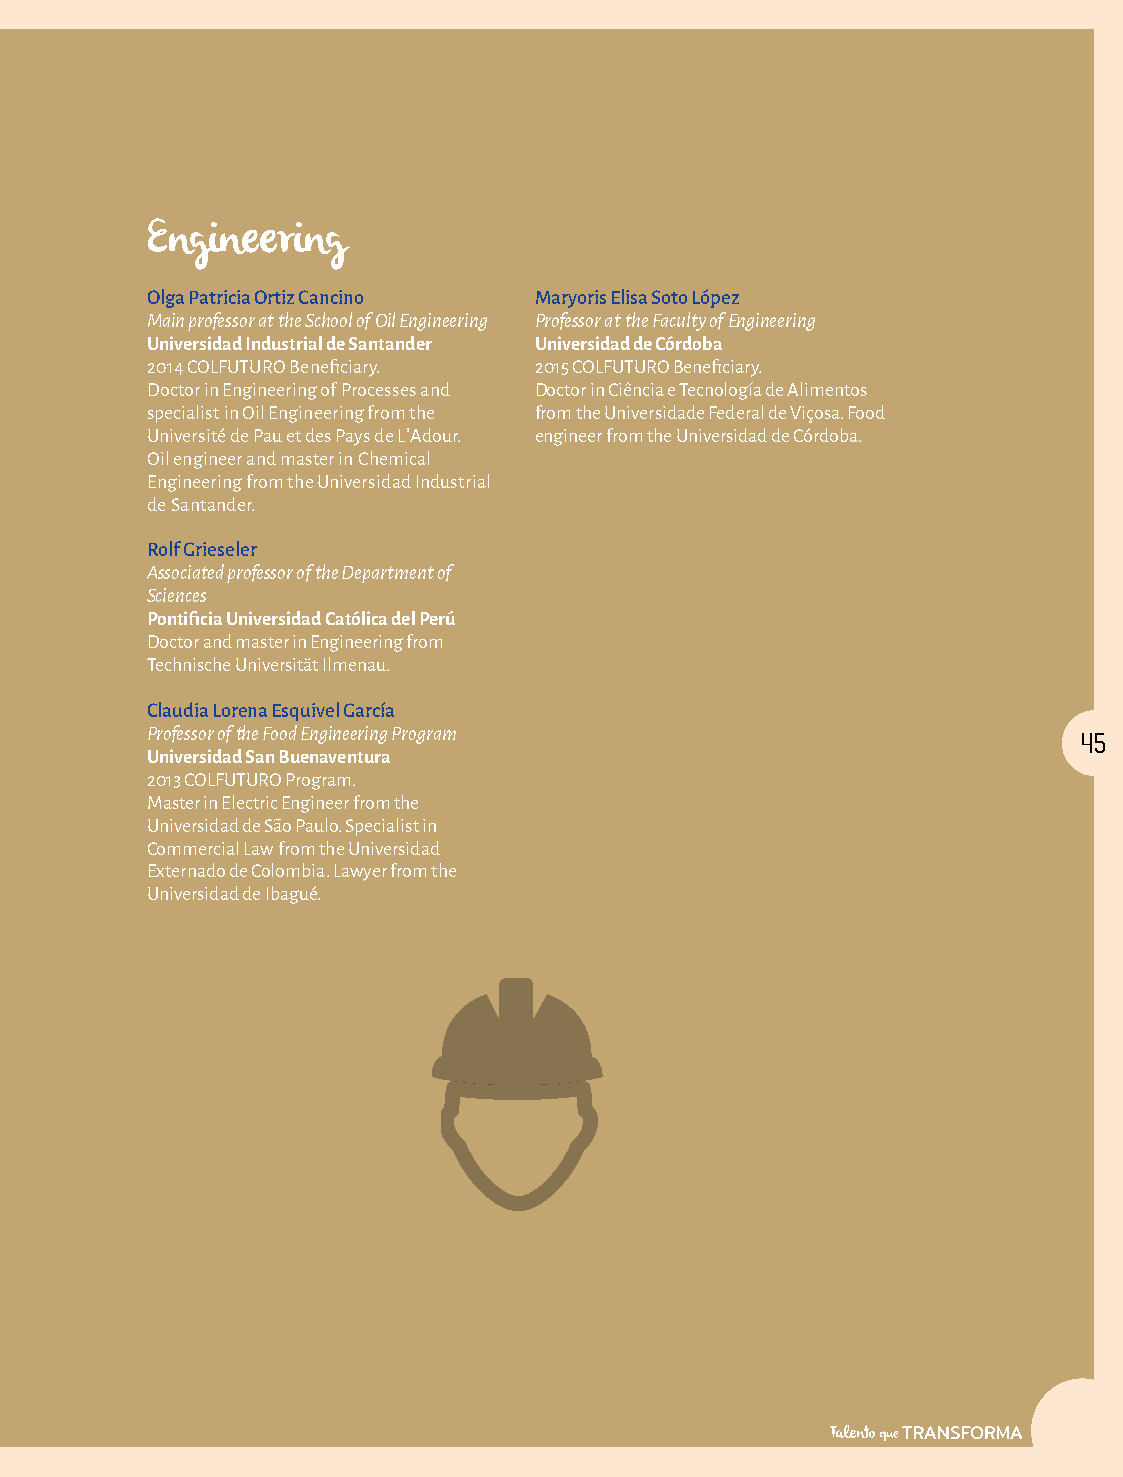
Engineering
 Olga Patricia Ortiz Cancino Maryoris Elisa Soto López
 Main professor at the School of Oil Engineering Professor at the Faculty of Engineering
 Universidad Industrial de Santander Universidad de Córdoba
 2014 COLFUTURO Beneficiary. 2015 COLFUTURO Beneficiary.
 Doctor in Engineering of Processes and Doctor in Ciência e Tecnología de Alimentos
 specialist in Oil Engineering from the from the Universidade Federal de Viçosa. Food
 Université de Pau et des Pays de L’Adour. engineer from the Universidad de Córdoba.
 Oil engineer and master in Chemical
 Engineering from the Universidad Industrial
 de Santander.
 Rolf Grieseler
 Associated professor of the Department of
 Sciences
 Pontificia Universidad Católica del Perú
 Doctor and master in Engineering from
 Technische Universität Ilmenau.
 Claudia Lorena Esquivel García
 Professor of the Food Engineering Program                     45
 Universidad San Buenaventura
 2013 COLFUTURO Program.
 Master in Electric Engineer from the
 Universidad de São Paulo. Specialist in
 Commercial Law from the Universidad
 Externado de Colombia. Lawyer from the
 Universidad de Ibagué.